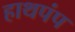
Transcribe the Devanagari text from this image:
हाथपंप